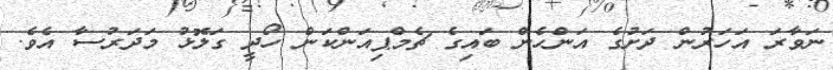
ނަވާރަ އަހަރުން ދަށުގެ އަންހެން ބައިގެ ޗެމްޕިއަންކަން ހޯދީ ގަލޮޅު މަދަރުސާ އެވެ.